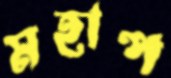
মহাপ